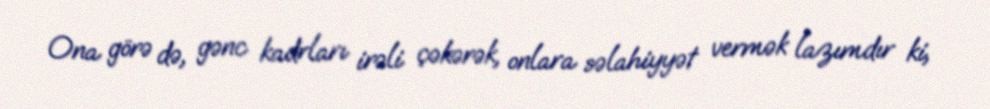
Ona görə də, gənc kadrları irəli çəkərək, onlara səlahiyyət vermək lazımdır ki,